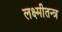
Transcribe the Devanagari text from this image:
लक्ष्मीतन्त्र